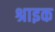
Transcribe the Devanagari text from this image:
श्राइक